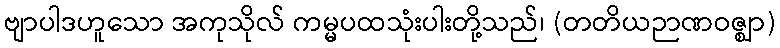
ဗျာပါဒဟူသော အကုသိုလ် ကမ္မပထသုံးပါးတို့သည်၊ (တတိယဉာဏဝဇ္ဈာ)